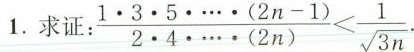
1.求证:$$\frac { 1 \cdot 3 \cdot 5 … \cdot ( 2 n - 1 ) }{ 2 \cdot 4 ·…·\cdot ( 2 n ) } < \frac { 1} { \sqrt { 3 } _ { n } }$$·